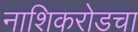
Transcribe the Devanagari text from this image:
नाशिकरोडचा